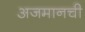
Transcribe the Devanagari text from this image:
अजमानची